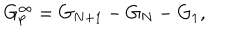
LaTeX: G _ { p } ^ { \infty } = G _ { N + 1 } - G _ { N } - G _ { 1 } ,